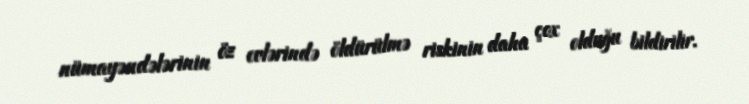
nümayəndələrinin öz evlərində öldürülmə riskinin daha çox olduğu bildirilir.